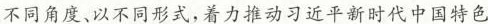
不同角度、以不同形式，着力推动习近平新时代中国特色